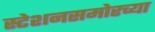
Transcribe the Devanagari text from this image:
स्टेशनसमोरच्या